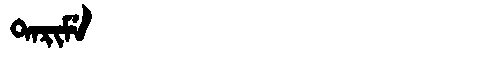
Manchu: ᡨᠠᡵᡳᠮᡝ
Romanization: TARIME